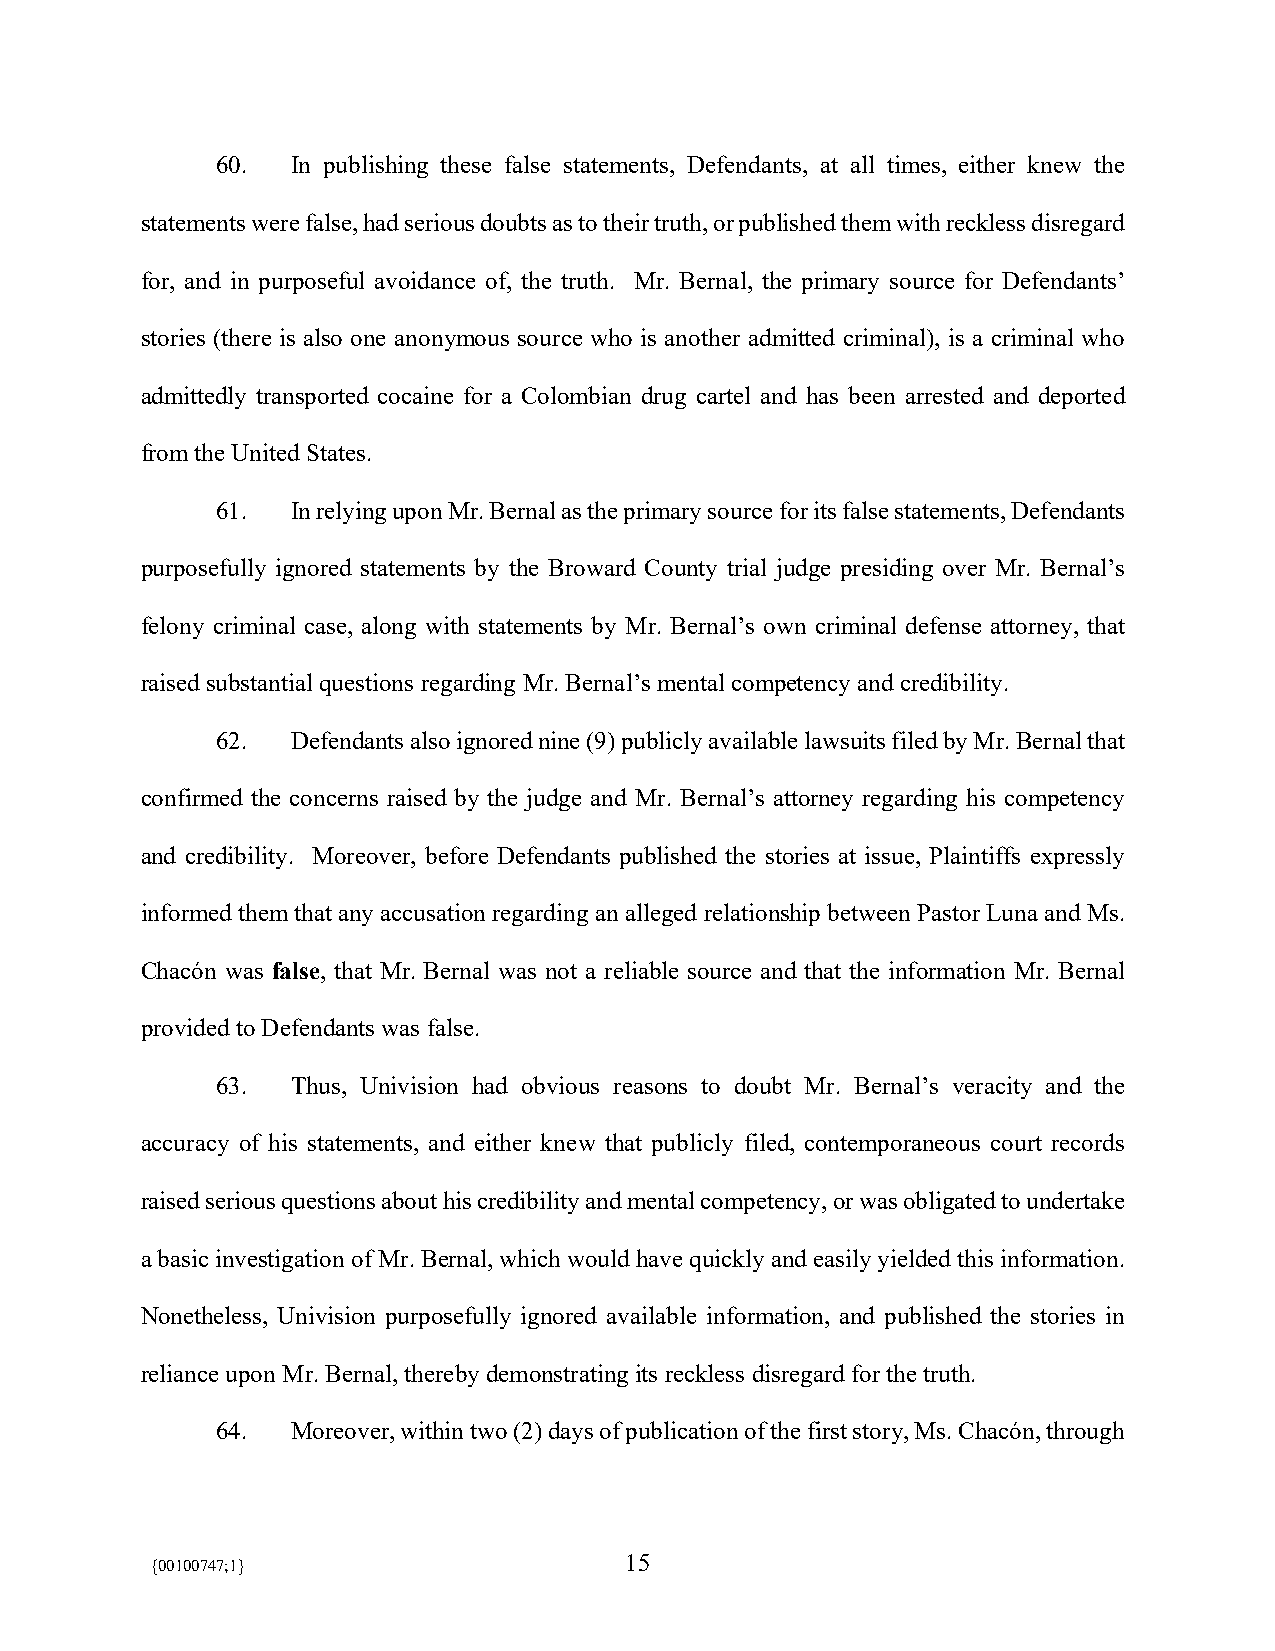
60.  In publishing these false statements, Defendants, at all times, either knew the
 statements were false, had serious doubts as to their truth, or published them with reckless disregard
 for, and in purposeful avoidance of, the truth. Mr. Bernal, the primary source for Defendants’
 stories (there is also one anonymous source who is another admitted criminal), is a criminal who
 admittedly transported cocaine for a Colombian drug cartel and has been arrested and deported
 from the United States.
 61.  In relying upon Mr. Bernal as the primary source for its false statements, Defendants
 purposefully ignored statements by the Broward County trial judge presiding over Mr. Bernal’s
 felony criminal case, along with statements by Mr. Bernal’s own criminal defense attorney, that
 raised substantial questions regarding Mr. Bernal’s mental competency and credibility.
 62.  Defendants also ignored nine (9) publicly available lawsuits filed by Mr. Bernal that
 confirmed the concerns raised by the judge and Mr. Bernal’s attorney regarding his competency
 and credibility. Moreover, before Defendants published the stories at issue, Plaintiffs expressly
 informed them that any accusation regarding an alleged relationship between Pastor Luna and Ms.
 Chacón was false, that Mr. Bernal was not a reliable source and that the information Mr. Bernal
 provided to Defendants was false.
 63.  Thus, Univision had obvious reasons to doubt Mr. Bernal’s veracity and the
 accuracy of his statements, and either knew that publicly filed, contemporaneous court records
 raised serious questions about his credibility and mental competency, or was obligated to undertake
 a basic investigation of Mr. Bernal, which would have quickly and easily yielded this information.
 Nonetheless, Univision purposefully ignored available information, and published the stories in
 reliance upon Mr. Bernal, thereby demonstrating its reckless disregard for the truth.
 64.  Moreover, within two (2) days of publication of the first story, Ms. Chacón, through
 15
 {00100747;1}